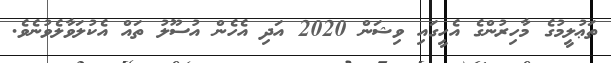
ތަޢުލީމުގެ މާހިރުންގެ އެހީގައި ވިޝަން 2020 އަދި އެހެން އުސޫލު ތައް އެކުލަވާލެވުނެވެ.